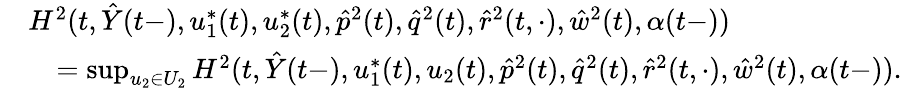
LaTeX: \begin{array}{rl}&{H^{2}(t,\hat{Y}(t-),u_{1}^{*}(t),u_{2}^{*}(t),\hat{p}^{2}(t),\hat{q}^{2}(t),\hat{r}^{2}(t,\cdot),\hat{w}^{2}(t),\alpha(t-))}\\ &{\quad=\operatorname*{sup}_{u_{2}\in U_{2}}H^{2}(t,\hat{Y}(t-),u_{1}^{*}(t),u_{2}(t),\hat{p}^{2}(t),\hat{q}^{2}(t),\hat{r}^{2}(t,\cdot),\hat{w}^{2}(t),\alpha(t-)).}\end{array}